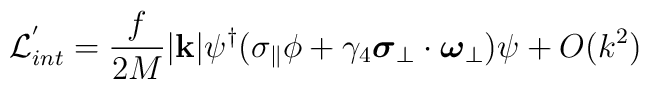
{\cal L}_{int}^{'}= \frac{f}{2M}  |{\bf k}| \psi^{\dag} (\sigma_{\parallel} \phi + \gamma_{4} \mbox{\boldmath $\sigma$}_{\perp} \cdot \mbox{\boldmath $\omega$}_{\perp}) \psi + O(k^{2})